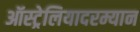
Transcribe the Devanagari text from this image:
ऑस्ट्रेलियादरम्यान